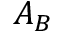
A _ { B }